Papers set at the Examination for Leaving Certificates, 1890
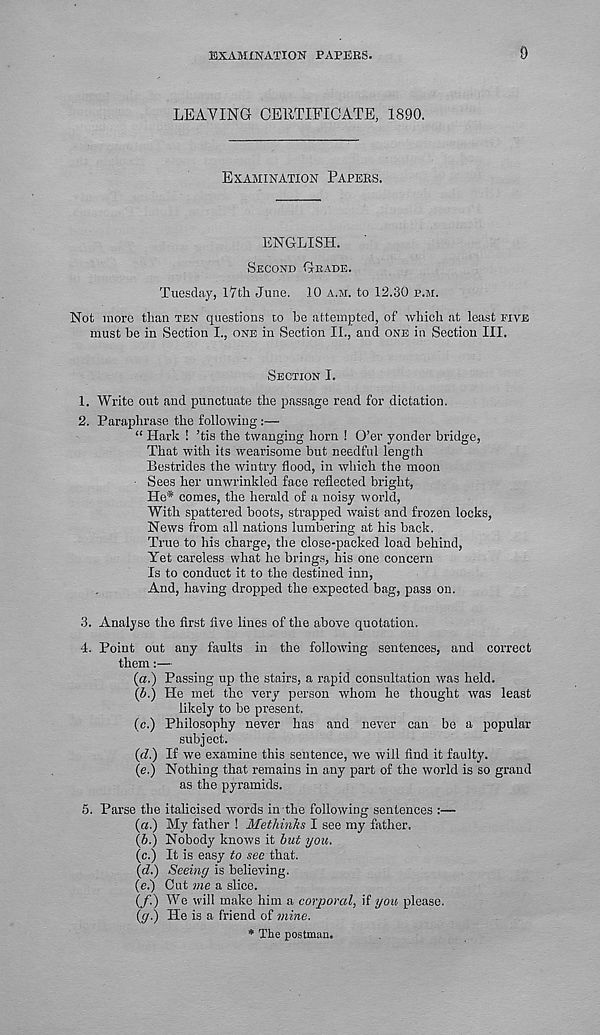
EXAMINATION PAPERS.
9
LEAVING CERTIFICATE, 1890.
EXAMINATION PAPERS.
ENGLISH.
SECOND GRADE.
Tuesday, I'lth June. 10 A.M. to 12.30 P.M.
Not more than TEN questions to be attempted, of which at least FIVE
must be in Section I., ONE in Section II., and ONE in Section III.
SECTION I.
1. Write out and punctuate the passage read for dictation.
2. Paraphrase the following :—
“ Hark ! ’tis the twanging horn ! O’er yonder bridge,
That with its wearisome but needful length
Bestrides the wintry flood, in which the moon
Sees her unwrinkled face reflected bright,
He* comes, the herald of a noisy world,
With spattered boots, strapped waist and frozen locks,
News from all nations lumbering at his back.
True to his charge, the close-packed load behind,
Yet careless what he brings, his one concern
Is to conduct it to the destined inn,
And, having dropped the expected bag, pass on.
3.
Analyse the first five lines of the above quotation.
4.
Point out any faults in the following sentenc
them:—
(a.) Passing up the stairs, a rapid consultation was held.
(A) He met the very person whom he thought was least
likely to be present.
(c.) Philosophy never has and never can be a popular
subject.
(d.) If we examine this sentence, we will find it faulty.
(e.) Nothing that remains in any part of the world is so grand
as the pyramids.
5. Parse the italicised words in the following sentences :—
(a.) My father ! Methinks I see my father,
(A) Nobody knows it but you.
(c.) It is easy to see that.
(d.) Seeing is believing.
(e.) Out me a slice.
(/.) We will make him a corporal, if you please.
((/.) He is a friend of mine.
* The postman.